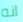
انه